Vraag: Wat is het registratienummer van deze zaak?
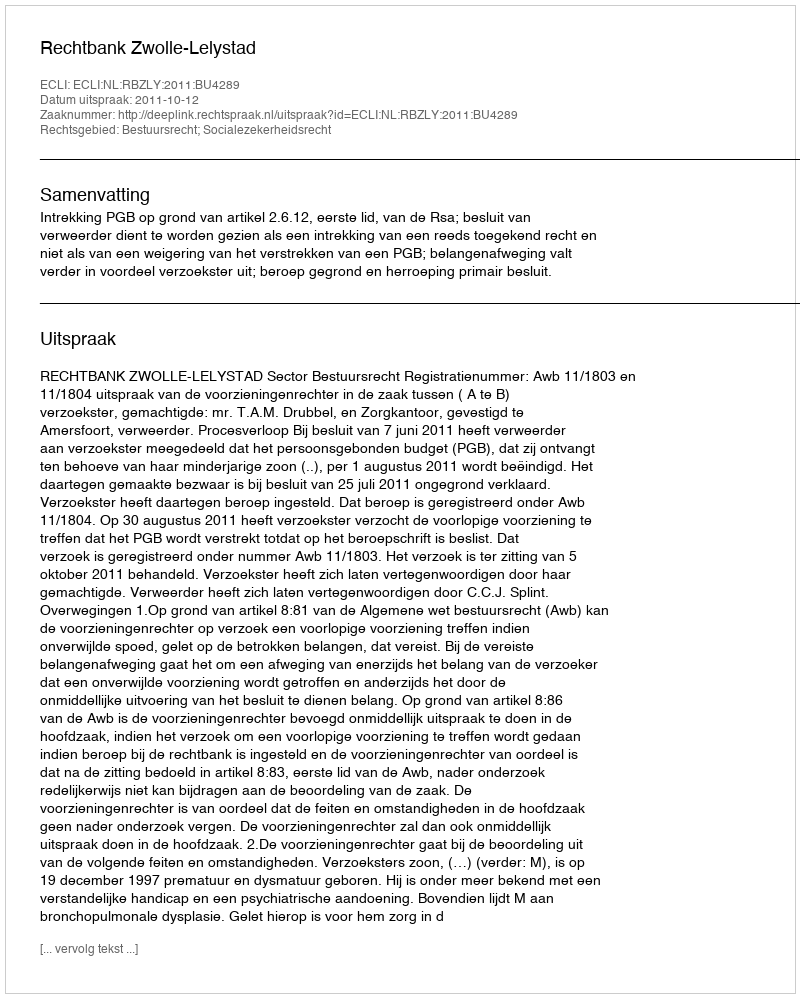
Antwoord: http://deeplink.rechtspraak.nl/uitspraak?id=ECLI:NL:RBZLY:2011:BU4289